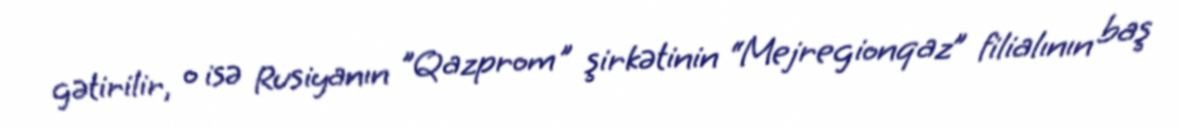
gətirilir, o isə Rusiyanın "Qazprom" şirkətinin “Mejregionqaz” filialının baş